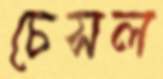
চেসল